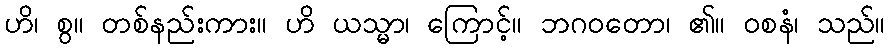
ဟိ၊ စွ။ တစ်နည်းကား။ ဟိ ယသ္မာ၊ ကြောင့်။ ဘဂဝတော၊ ၏။ ဝစနံ၊ သည်။